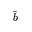
\hat { b }